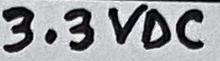
Text: 3.3VDC